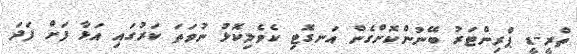
ތްރީ-ޑީ ޕްރިންޓަރު ބޭނުންކޮށްގެން އަނގޮޓި ކެވެލިކޮޅު ނުވަތަ ކަރުގައި އަޅާ ފަށް ފަދަ